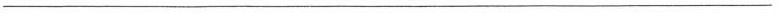
___